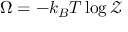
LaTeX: \Omega = - k _ { B } T \log { \mathcal { Z } }